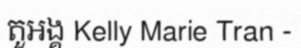
តួអង្គ Kelly Marie Tran -